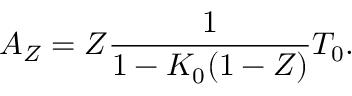
A _ { Z } = Z \frac { 1 } { 1 - K _ { 0 } ( 1 - Z ) } T _ { 0 } .